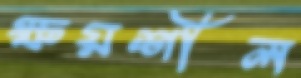
ক্ষয়শীল